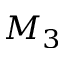
M _ { 3 }